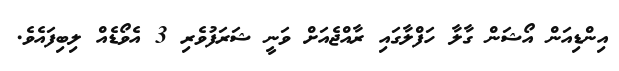
އިންޑިއަން އޯޝަން ގާލާ ހަފްލާގައި ރާއްޖެއަށް ވަނީ ޝަރަފުވެރި 3 އެވޯޑެއް ލިބިފައެވެ.